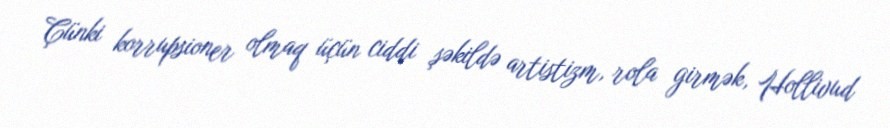
Çünki korrupsioner olmaq üçün ciddi şəkildə artistizm, rola girmək, Hollivud